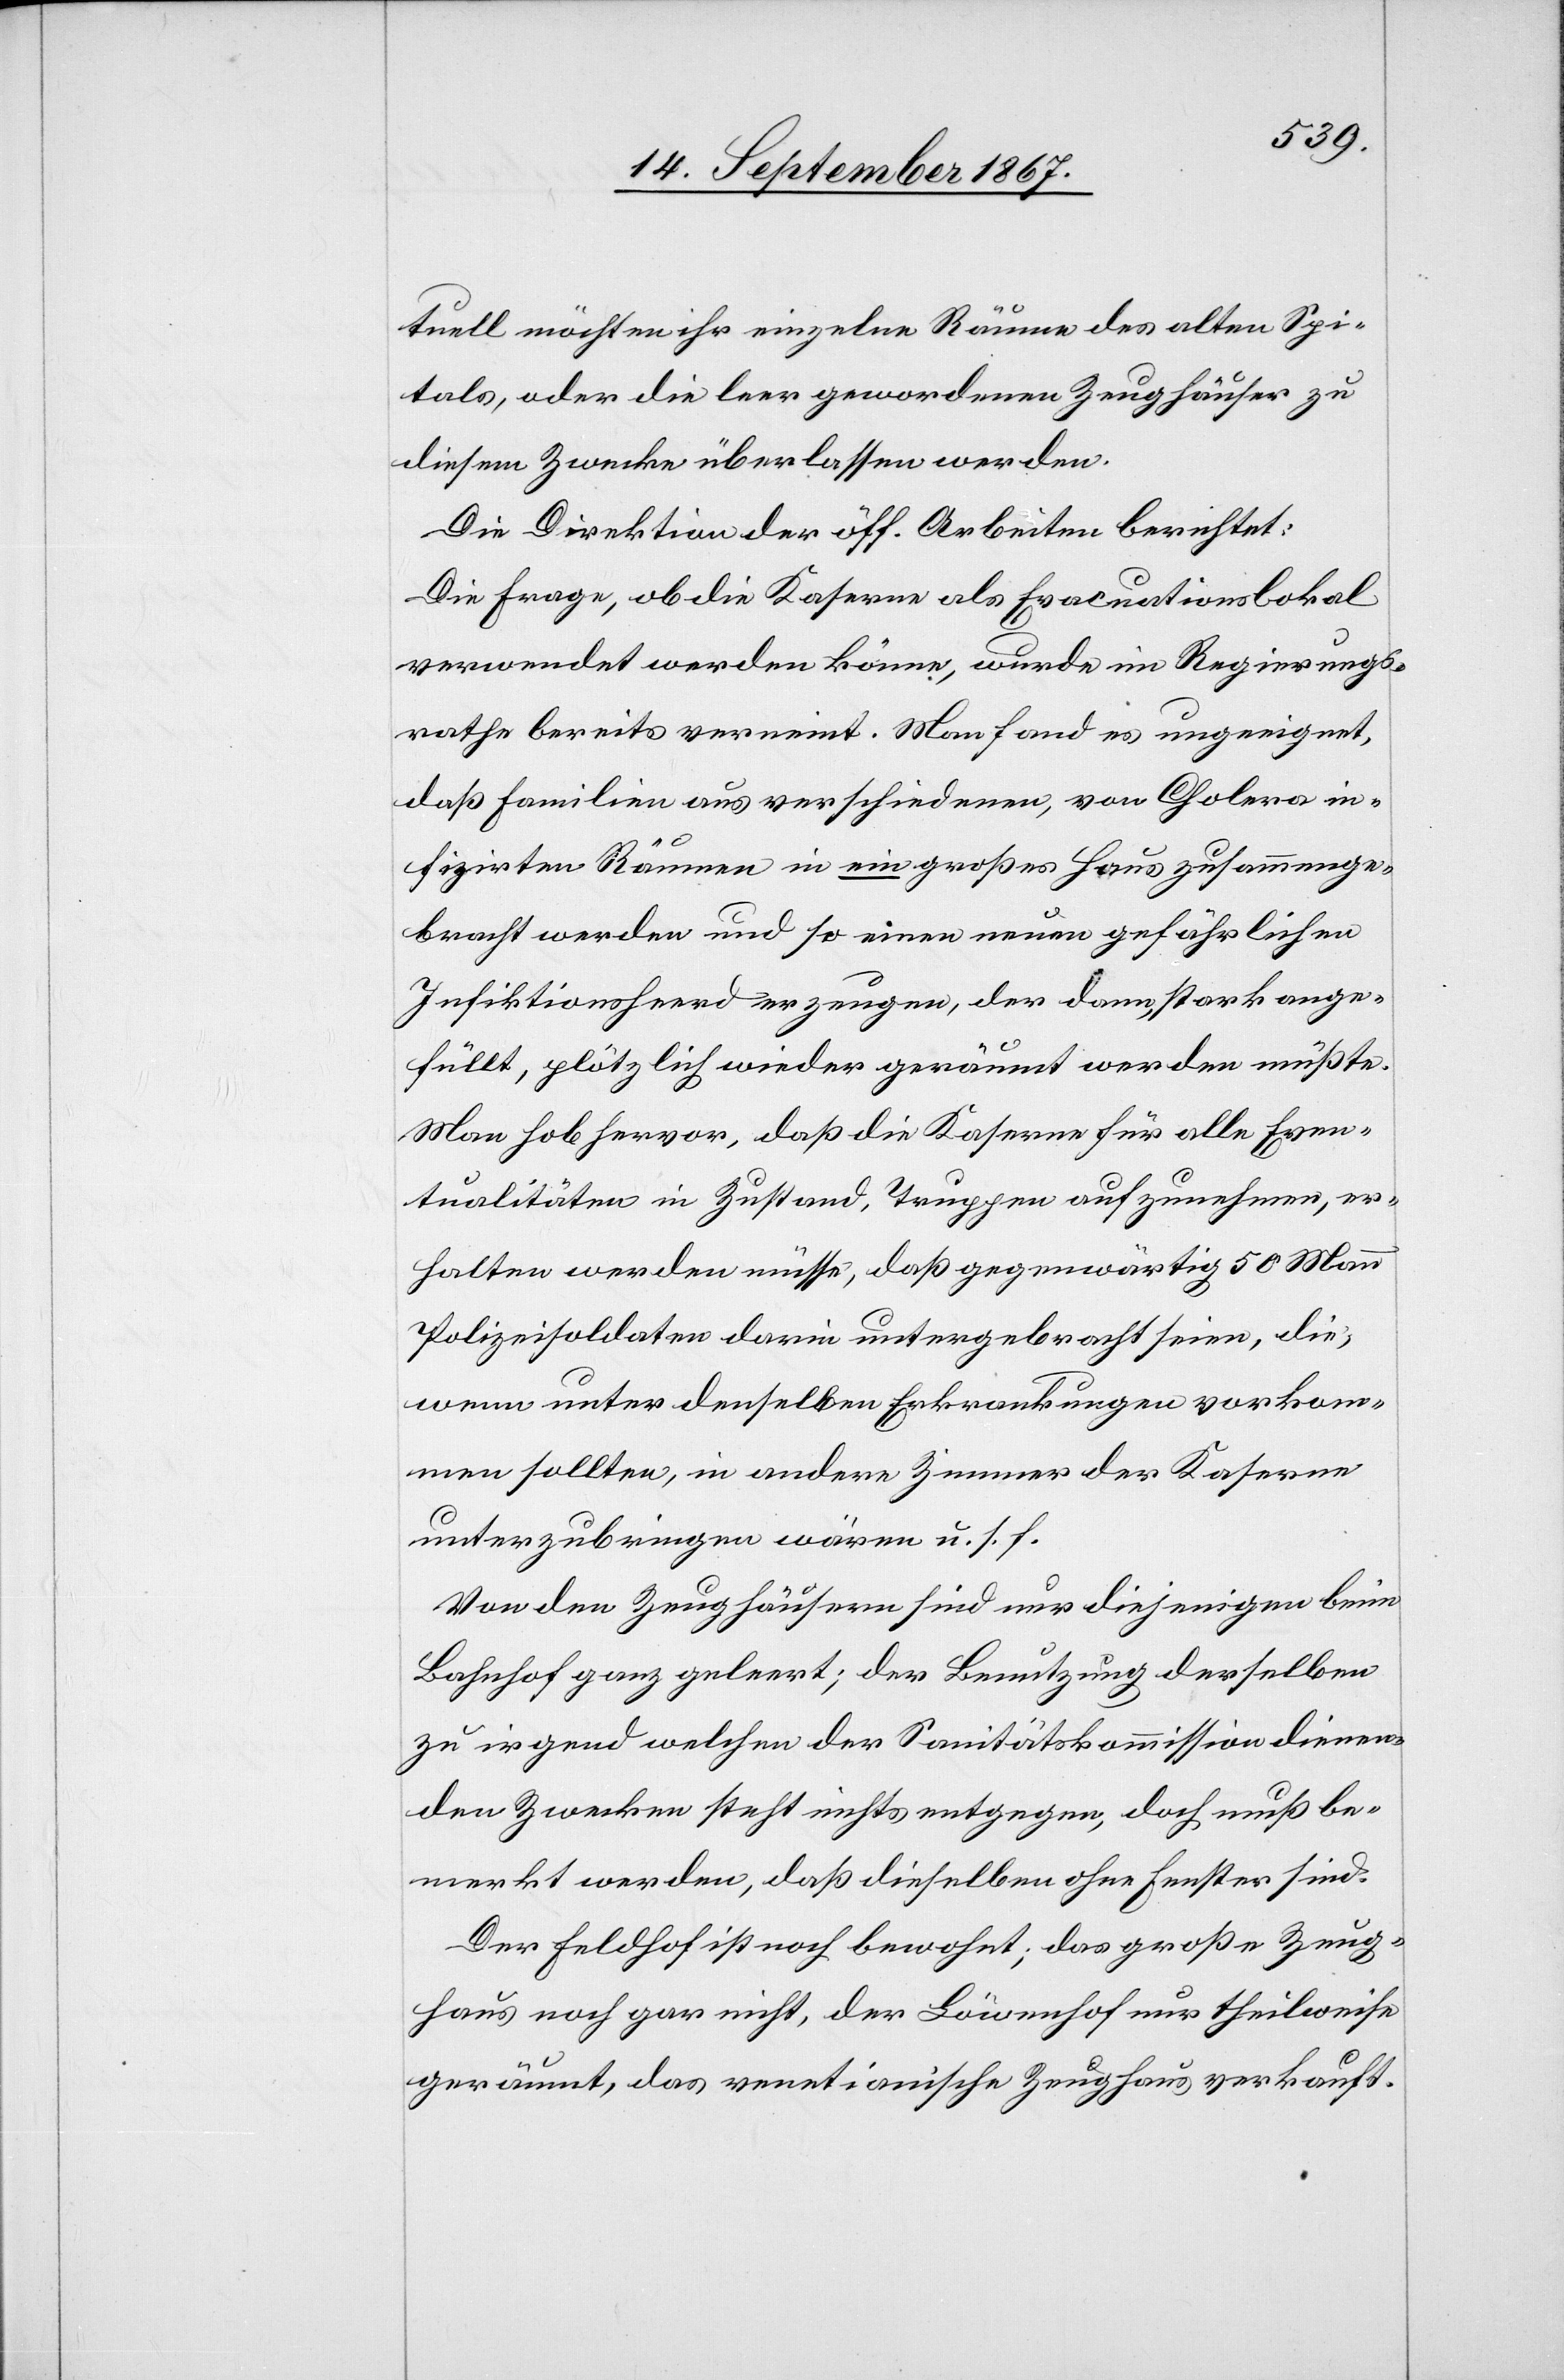
tuell möchten ihr einzelne Räume des alten Spi¬
tals, oder die leer gewordenen Zeughäuser zu
diesem Zwecke überlassen werden.
Die Direktion der öff. Arbeiten berichtet:
Die Frage, ob die Kaserne als Evacuationslokal
verwendet werden könne, wurde im Regierungs¬
rathe bereits verneint. Man fand es ungeeignet,
daß Familien aus verschiedenen, von Cholera in¬
fizirten Räumen in ein großes Haus zusammenge¬
bracht werden und so einen neuen gefährlichen
Infiktionsherd erzeugen, der dann, stark ange¬
füttert, plötzlich wieder geräumt werden müßte.
Man hob hervor, daß die Kaserne für alle Even¬
tualitäten im Zustand, Truppen aufzunehmen, er¬
halten werden müsse, daß gegenwärtig 50 Mann
Polizeisoldaten darin untergebracht seien, die,
wenn unter denselben Erkrankungen vorkom¬
men sollten, in andere Zimmer der Kaserne
unterzubringen wären u. s. f.
Von den Zeughäusern sind nur diejenigen beim
Bahnhof ganz geleert; der Benutzung derselben
zu irgend welchen der Sanitätskommission dienen¬
den Zwecken steht nichts entgegen, doch muß be¬
merkt werden, daß dieselben ohne Fenster sind.
Der Feldhof ist noch bewohnt; das große Zeug¬
haus noch gar nicht, der Löwenhof nur theilweise
geräumt, das venetianische Zeughaus verkauft.